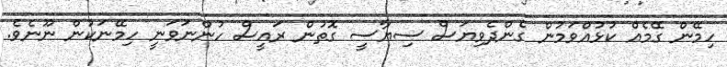
ހިމޭން ގޭމެއް ކުޅުއްވަމުން ގެންދެވިޔަސް ސިޔާސީ ގޮތުން ރައީސް ހުންނަވަނީ ހިމޭނަކުން ނޫނެވެ.